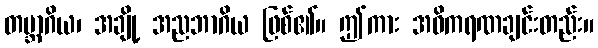
တဗ္ဘာဂိယ၊ အချို့ အညဘာဂိယ ဖြစ်၏။ ဤကား အဓိကရဏချင်းတည်း။